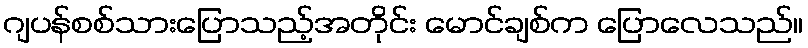
ဂျပန်စစ်သားပြောသည့်အတိုင်း မောင်ချစ်က ပြောလေသည်။